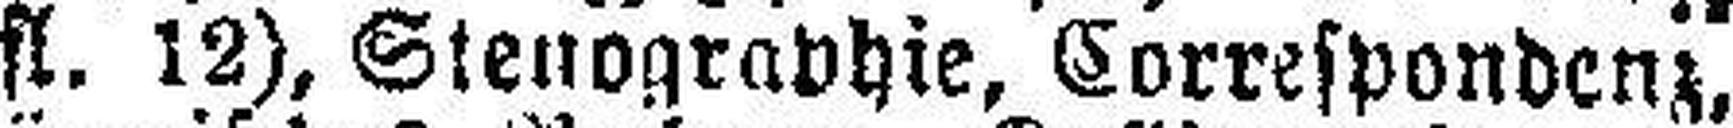
fl. 12), Stenographie, Correspondenz,